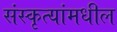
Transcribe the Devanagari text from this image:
संस्कृत्यांमधील